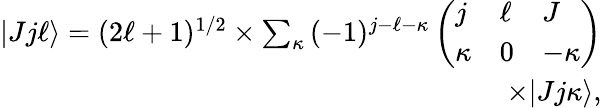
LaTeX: \begin{array}{r}{|Jj\ell\rangle=(2\ell+1)^{1/2}\times\sum_{\kappa}{}(-1)^{j-\ell-\kappa}\left(\begin{array}{lll}{j}&{\ell}&{J}\\ {\kappa}&{0}&{-\kappa}\end{array}\right)}\\ {\times|Jj\kappa\rangle,}\end{array}